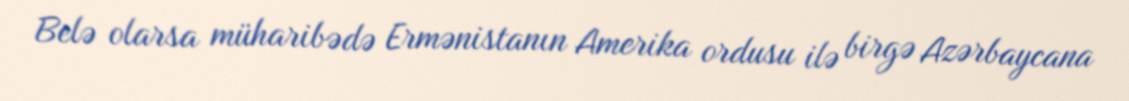
Belə olarsa müharibədə Ermənistanın Amerika ordusu ilə birgə Azərbaycana